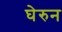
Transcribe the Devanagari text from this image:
घेरुन